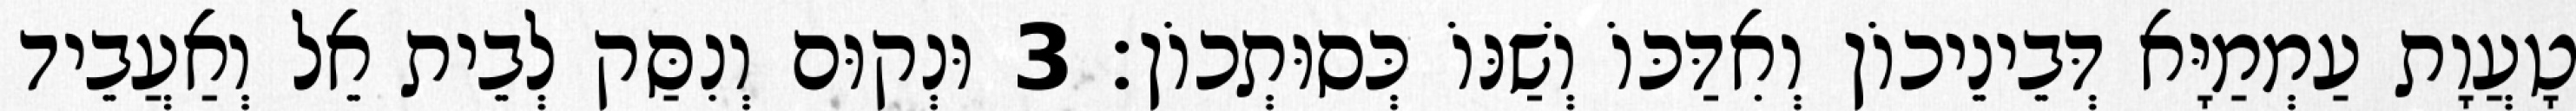
טָעֲוָת עַמְמַיָּא דְּבֵינֵיכוֹן וְאִדַּכּוֹ וְשַׁנּוֹ כְּסוּתְכוֹן׃ 3 וּנְקוּם וְנִסַּק לְבֵית אֵל וְאַעֲבֵיד